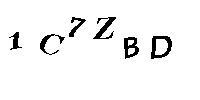
1C7ZBD